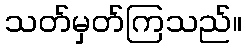
သတ်မှတ်ကြသည်။